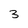
Character: 3